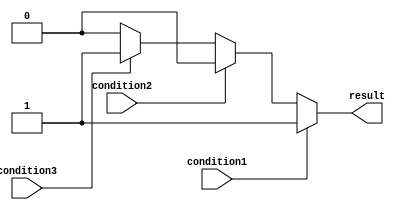
module if_else_ladder(input wire condition1, condition2, condition3,
                      output reg result);

always @(*)
begin
    if (condition1)
    begin
        // Code block for condition1 being true
        result = 1;
    end
    else if (condition2)
    begin
        // Code block for condition2 being true
        result = 2;
    end
    else if (condition3)
    begin
        // Code block for condition3 being true
        result = 3;
    end
    else
    begin
        // Code block for none of the conditions being true
        result = 0;
    end
end

endmodule